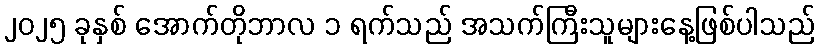
၂၀၂၅ ခုနှစ် အောက်တိုဘာလ ၁ ရက်သည် အသက်ကြီးသူများနေ့ဖြစ်ပါသည်